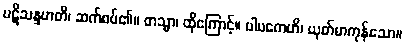
ပဋိသန္ဒဟတိ၊ ဆက်စပ်၏။ တသ္မာ၊ ထိုကြောင့်။ ပါပကေဟိ၊ ယုတ်မာကုန်သော။